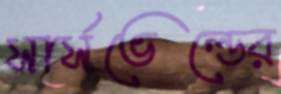
সার্সভেল্ডের